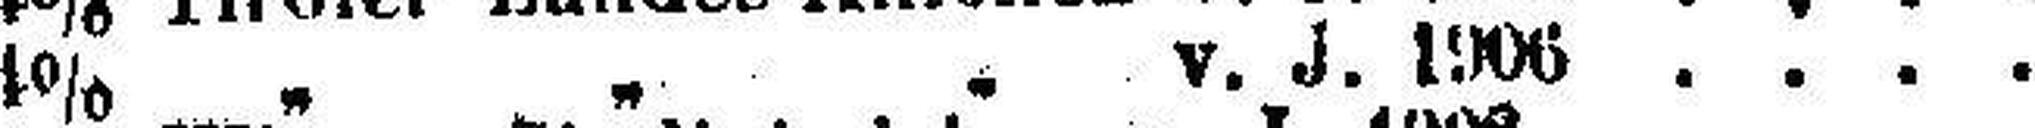
4% „ „ „ v. J. 1906